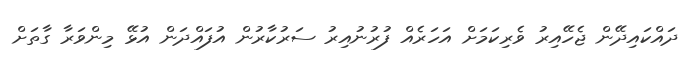
ދައްކައިދޭން ޖެހޭއިރު ވެރިކަމަށް އަހަރެއް ފުރުނުއިރު ސަރުކާރުން އުފައްދަން އުޅޭ މިންވަރާ ގާތަށް